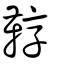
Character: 鞟